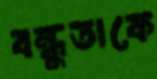
বন্ধুতাকে